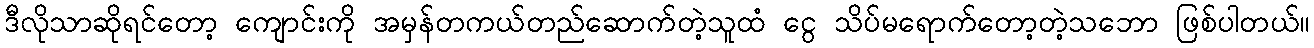
ဒီလိုသာဆိုရင်တော့ ကျောင်းကို အမှန်တကယ်တည်ဆောက်တဲ့သူထံ ငွေ သိပ်မရောက်တော့တဲ့သဘော ဖြစ်ပါတယ်။